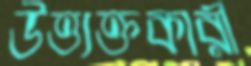
উত্ত্যক্তকারী